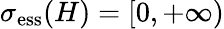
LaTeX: \sigma_{\mathrm{ess}}(H)=[0,+\infty)